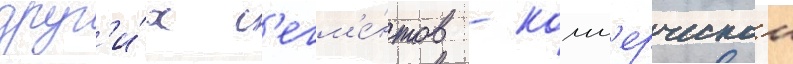
друг'и́х с'егм'е́нтов - комм'ерческои